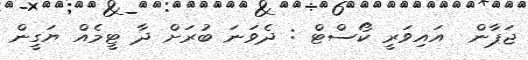
ޖަޕާން  އައިވަރީ ކޯސްޓް : ދެވަނަ ބުރަށް ދާ ޓީމެއް ޔަގީން